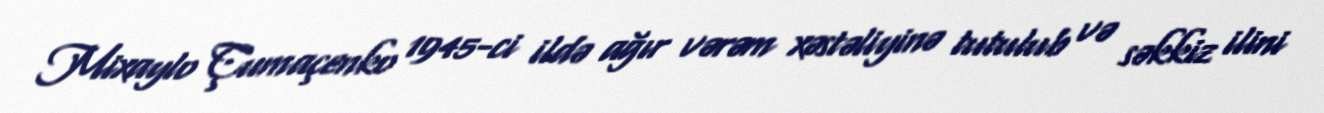
Mixaylo Çumaçenko 1945-ci ildə ağır vərəm xəstəliyinə tutulub və səkkiz ilini